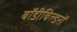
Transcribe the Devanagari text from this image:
बॉडीबिल्डरों